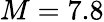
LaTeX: M=7.8